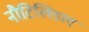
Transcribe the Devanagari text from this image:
नौटिलिडाए